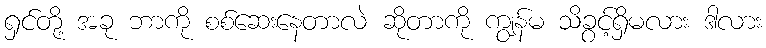
ရှင်တို့ အခု ဘာကို စစ်ဆေးနေတာလဲ ဆိုတာကို ကျွန်မ သိခွင့်ရှိမလား ဒါလား